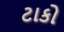
ટાકો